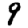
Digit: 9